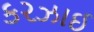
કરઝાઈ